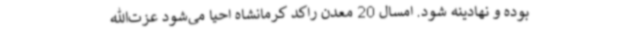
بوده و نهادینه شود. امسال 20 معدن راکد کرمانشاه احیا می‌شود عزت‌الله